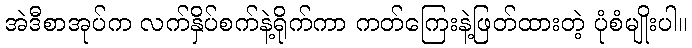
အဲဒီစာအုပ်က လက်နှိပ်စက်နဲ့ရိုက်ကာ ကတ်ကြေးနဲ့ဖြတ်ထားတဲ့ ပုံစံမျိုးပါ။